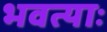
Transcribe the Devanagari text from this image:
भवत्याः